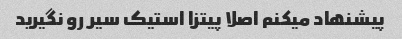
پیشنهاد میکنم اصلا پیتزا استیک سیر رو نگیرید